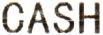
CASH